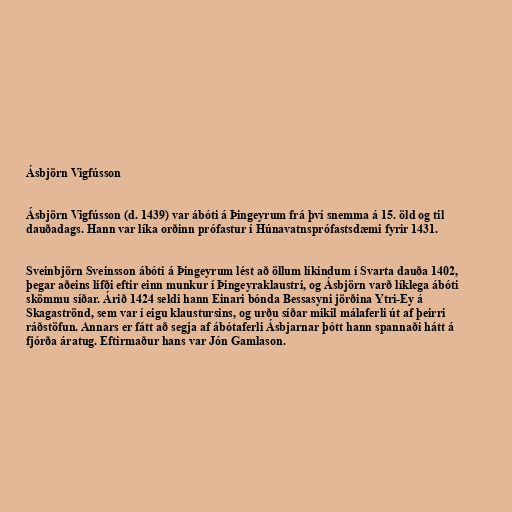
Ásbjörn Vigfússon

Ásbjörn Vigfússon (d. 1439) var ábóti á Þingeyrum frá því snemma á 15. öld og til
dauðadags. Hann var líka orðinn prófastur í Húnavatnsprófastsdæmi fyrir 1431.

Sveinbjörn Sveinsson ábóti á Þingeyrum lést að öllum líkindum í Svarta dauða 1402,
þegar aðeins lifði eftir einn munkur í Þingeyraklaustri, og Ásbjörn varð líklega ábóti
skömmu síðar. Árið 1424 seldi hann Einari bónda Bessasyni jörðina Ytri-Ey á
Skagaströnd, sem var í eigu klaustursins, og urðu síðar mikil málaferli út af þeirri
ráðstöfun. Annars er fátt að segja af ábótaferli Ásbjarnar þótt hann spannaði hátt á
fjórða áratug. Eftirmaður hans var Jón Gamlason.